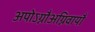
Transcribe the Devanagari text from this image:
अपोऽग्नौअग्निवायौ